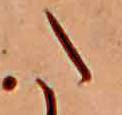
た